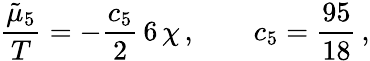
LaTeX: \frac{\tilde{\mu}_{5}}{T}=-\frac{c_{5}}{2}\, 6\, \chi\, ,\qquad c_{5}=\frac{95}{18}\, ,